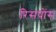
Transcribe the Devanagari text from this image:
रिसपोंस